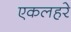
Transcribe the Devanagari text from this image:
एकलहरे